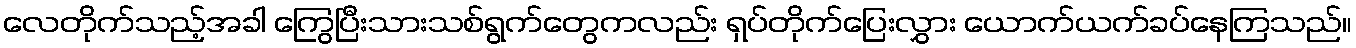
လေတိုက်သည့်အခါ ကြွေပြီးသားသစ်ရွက်တွေကလည်း ရှပ်တိုက်ပြေးလွှား ယောက်ယက်ခပ်နေကြသည်။